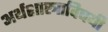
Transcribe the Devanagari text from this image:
अर्थशास्त्राविषयी